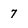
Character: 7